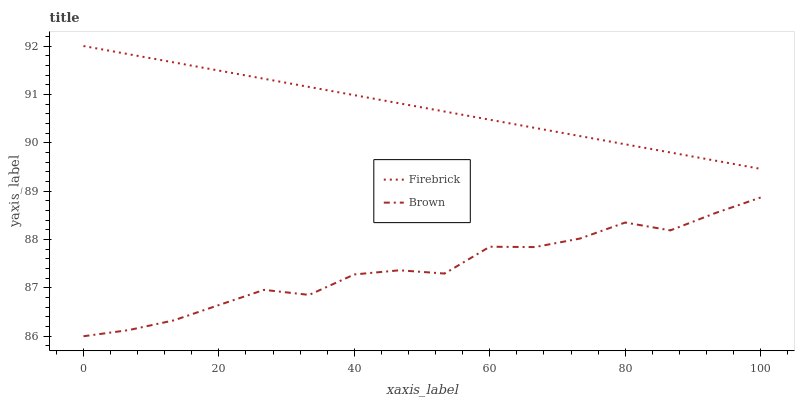
| xaxis_label | Firebrick | Brown |
 | --- | --- | --- |
 | 0 | 92 | 86 |
 | 6.67 | 91.8 | 86.1 |
 | 13.3 | 91.7 | 86.3 |
 | 20 | 91.5 | 86.6 |
 | 26.7 | 91.3 | 87 |
 | 33.3 | 91.2 | 86.9 |
 | 40 | 91 | 87.3 |
 | 46.7 | 90.8 | 87.4 |
 | 53.3 | 90.6 | 87.3 |
 | 60 | 90.5 | 87.9 |
 | 66.7 | 90.3 | 87.8 |
 | 73.3 | 90.1 | 88 |
 | 80 | 90 | 88.4 |
 | 86.7 | 89.8 | 88.2 |
 | 93.3 | 89.6 | 88.5 |
 | 100 | 89.5 | 88.9 |